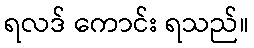
ရလဒ် ကောင်း ရသည်။